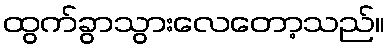
ထွက်ခွာသွားလေတော့သည်။